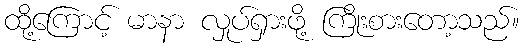
ထို့ကြောင့် မာနာ လှုပ်ရှားဖို့ ကြိုးစားတော့သည်။